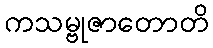
ကသမ္ဗုဇာတောတိ